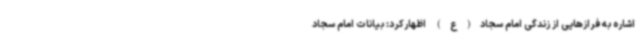
اشاره به فرازهایی از زندگی امام سجاد(ع) اظهارکرد: بیانات امام سجاد